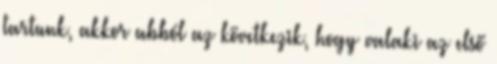
tartunk, akkor abból az következik, hogy valaki az első